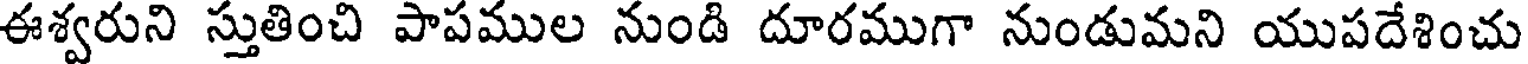
ఈశ్వరుని స్తుతించి పాపముల నుండి దూరముగా నుండుమని యుపదేశించు